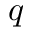
q